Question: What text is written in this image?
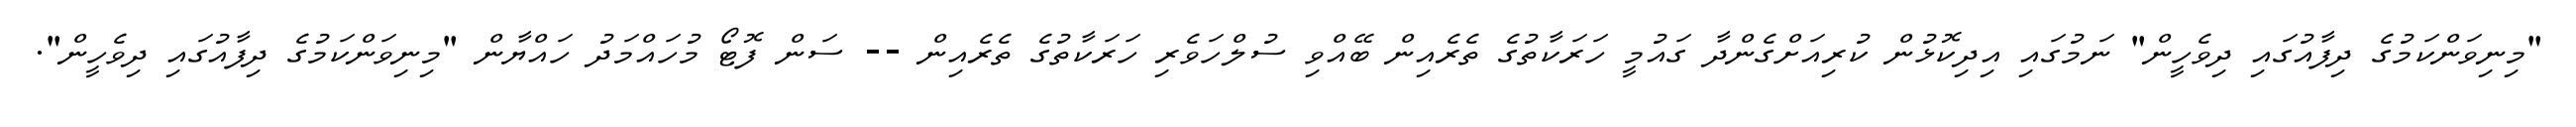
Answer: "މިނިވަންކަމުގެ ދިފާއުގައި ދިވެހީން" ނަމުގައި އިދިކޮޅުން ކުރިއަށްގެންދާ ގައުމީ ހަރަކާތުގެ ތެރެއިން ބޭއްވި ސުލްހަވެރި ހަރަކާތުގެ ތެރެއިން -- ސަން ފޮޓޯ މުހައްމަދު ހައްޔާން "މިނިވަންކަމުގެ ދިފާއުގައި ދިވެހީން".